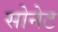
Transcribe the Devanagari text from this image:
सोनेट